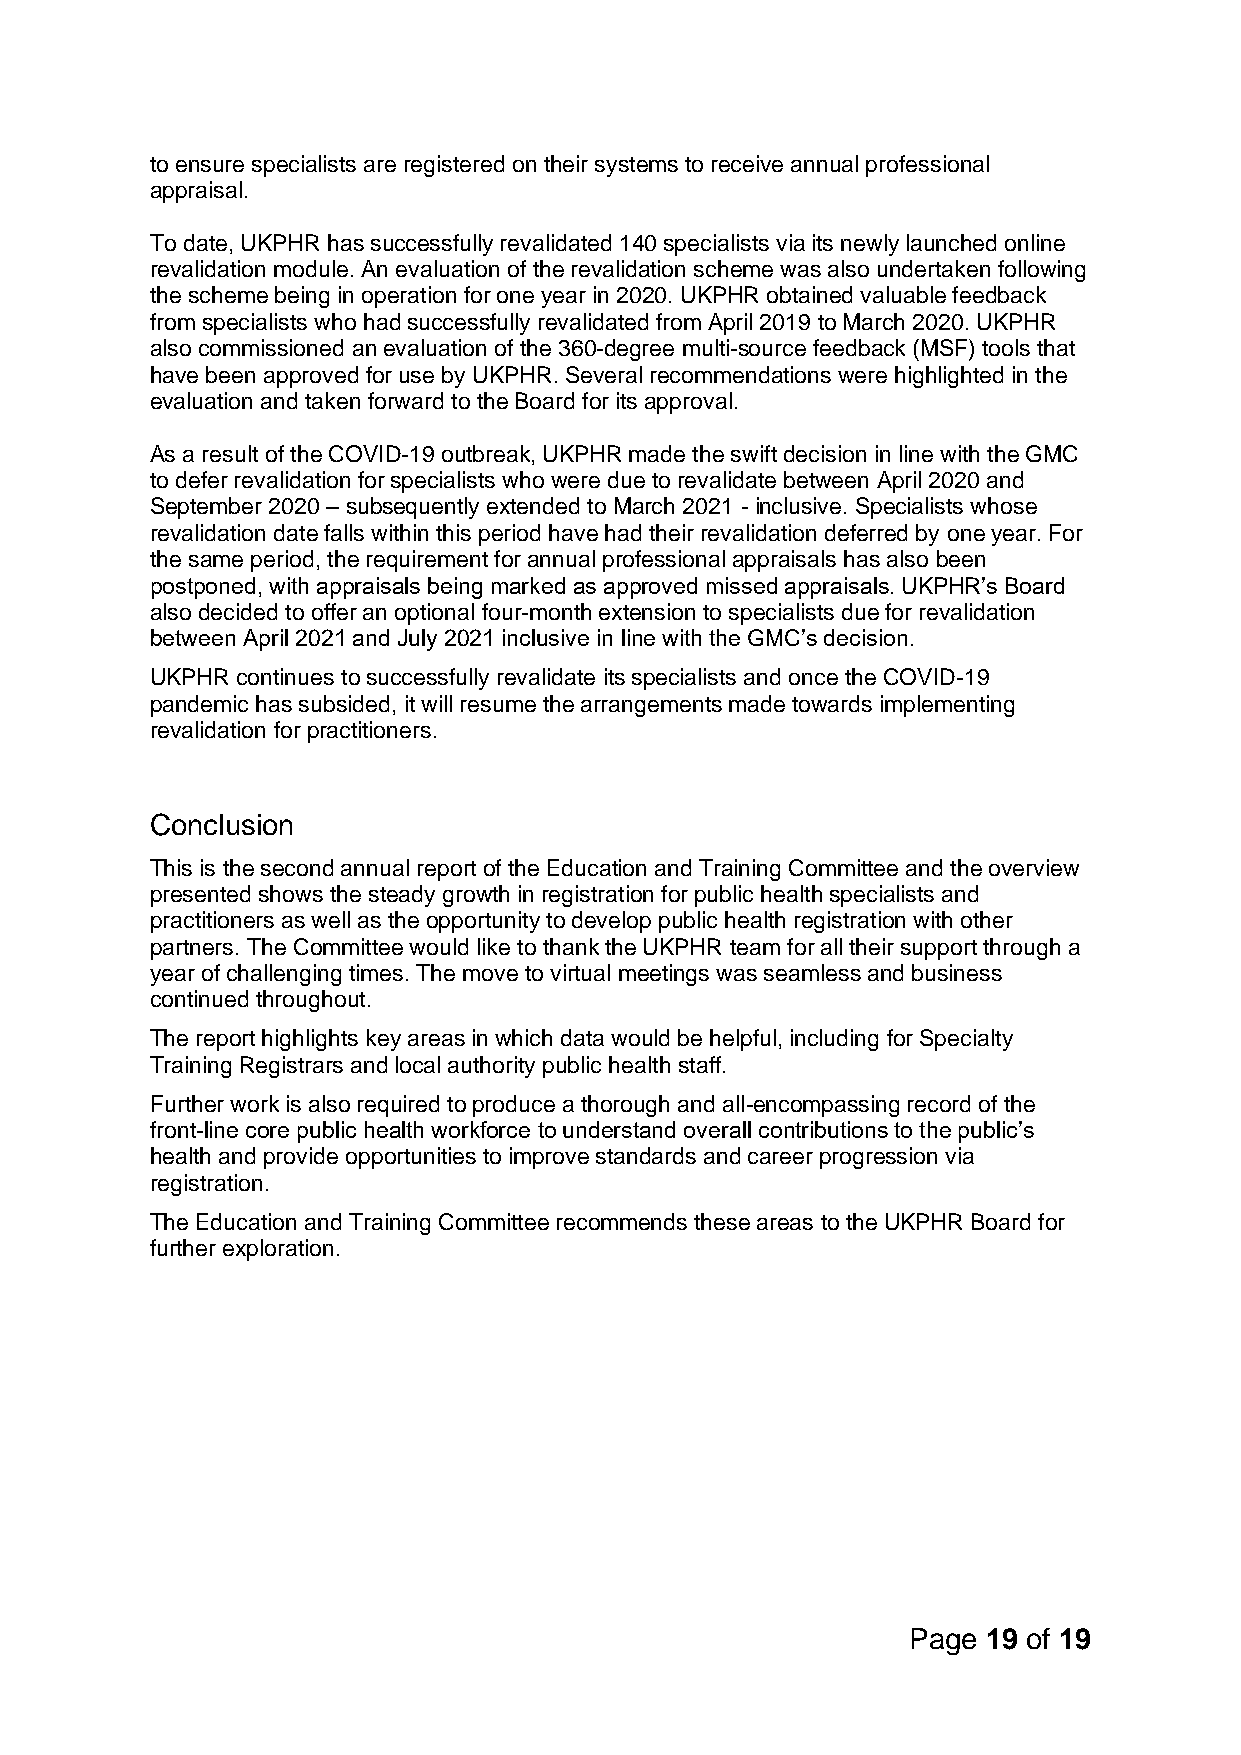
to ensure specialists are registered on their systems to receive annual professional
 appraisal.
 To date, UKPHR has successfully revalidated 140 specialists via its newly launched online
 revalidation module. An evaluation of the revalidation scheme was also undertaken following
 the scheme being in operation for one year in 2020. UKPHR obtained valuable feedback
 from specialists who had successfully revalidated from April 2019 to March 2020. UKPHR
 also commissioned an evaluation of the 360-degree multi-source feedback (MSF) tools that
 have been approved for use by UKPHR. Several recommendations were highlighted in the
 evaluation and taken forward to the Board for its approval.
 As a result of the COVID-19 outbreak, UKPHR made the swift decision in line with the GMC
 to defer revalidation for specialists who were due to revalidate between April 2020 and
 September 2020 – subsequently extended to March 2021 - inclusive. Specialists whose
 revalidation date falls within this period have had their revalidation deferred by one year. For
 the same period, the requirement for annual professional appraisals has also been
 postponed, with appraisals being marked as approved missed appraisals. UKPHR’s Board
 also decided to offer an optional four-month extension to specialists due for revalidation
 between April 2021 and July 2021 inclusive in line with the GMC’s decision.
 UKPHR continues to successfully revalidate its specialists and once the COVID-19
 pandemic has subsided, it will resume the arrangements made towards implementing
 revalidation for practitioners.
 Conclusion
 This is the second annual report of the Education and Training Committee and the overview
 presented shows the steady growth in registration for public health specialists and
 practitioners as well as the opportunity to develop public health registration with other
 partners. The Committee would like to thank the UKPHR team for all their support through a
 year of challenging times. The move to virtual meetings was seamless and business
 continued throughout.
 The report highlights key areas in which data would be helpful, including for Specialty
 Training Registrars and local authority public health staff.
 Further work is also required to produce a thorough and all-encompassing record of the
 front-line core public health workforce to understand overall contributions to the public’s
 health and provide opportunities to improve standards and career progression via
 registration.
 The Education and Training Committee recommends these areas to the UKPHR Board for
 further exploration.
 Page 19 of 19